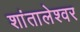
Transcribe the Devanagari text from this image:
शांतालेश्वर